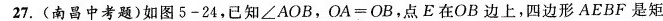
27.(南昌中考题)如图5-24，已知\angle {AOB}，$$OA = OB$$，点E在OB边上，四边形AEBF是矩